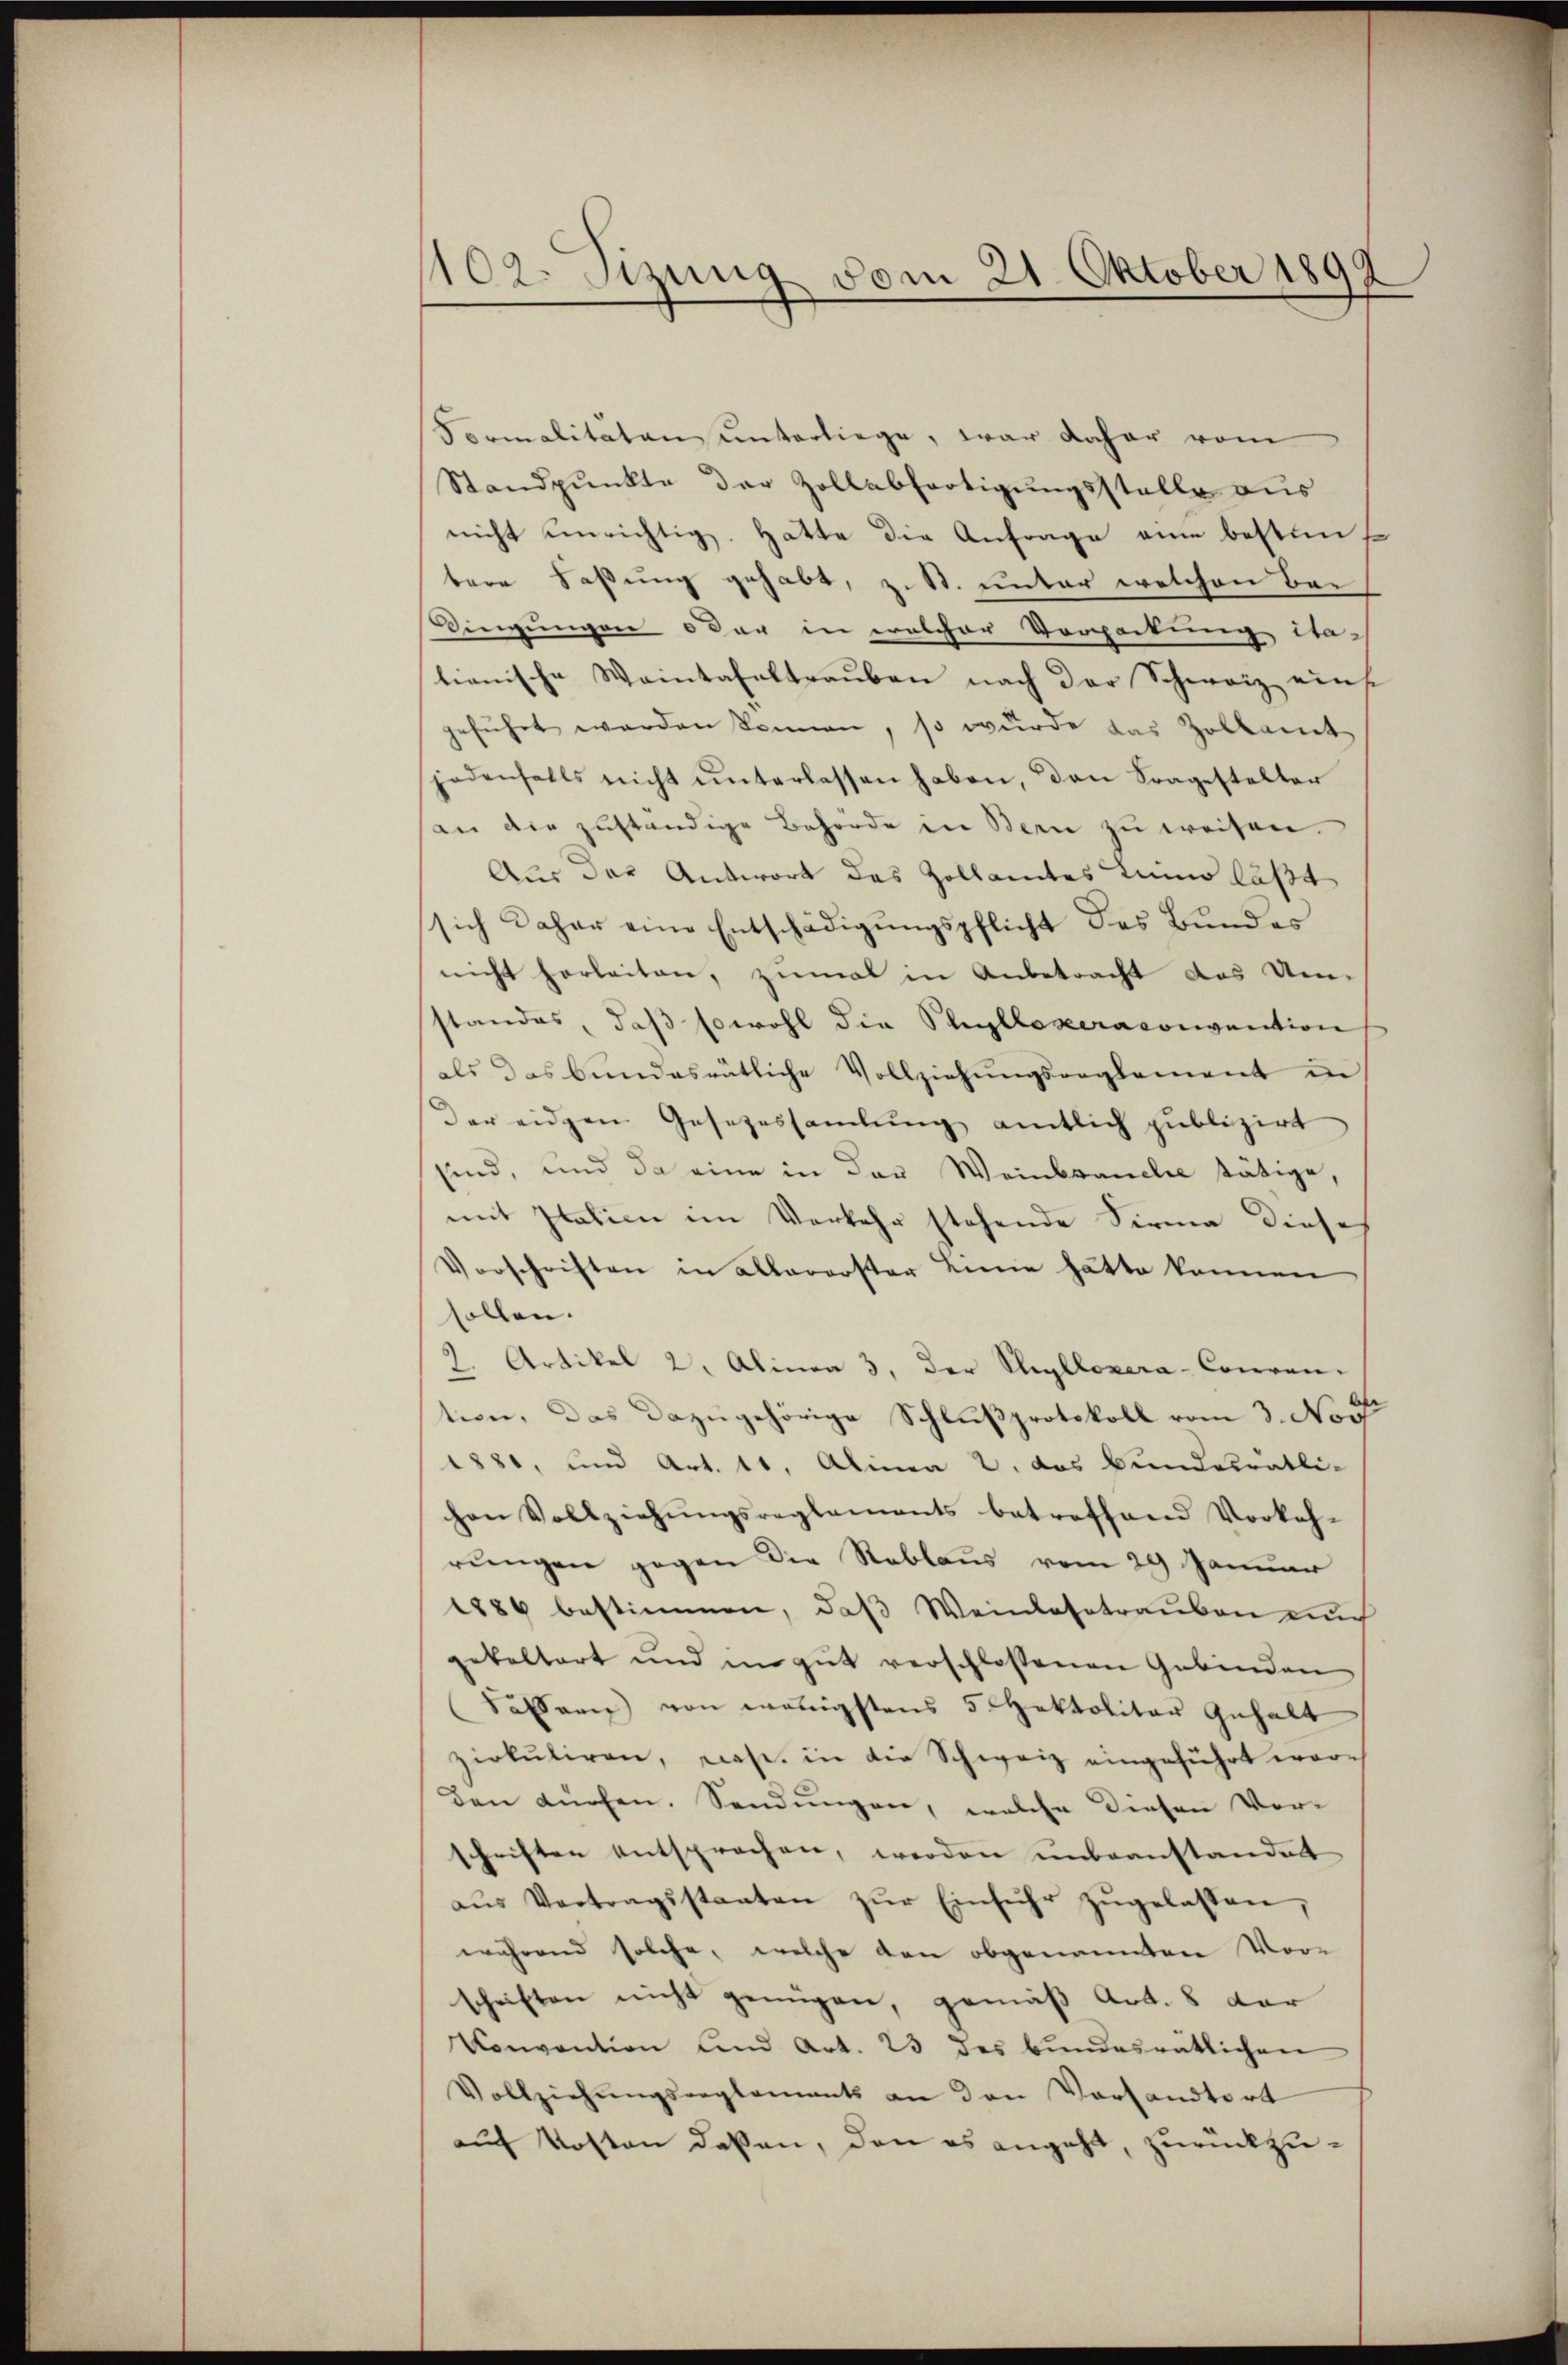
1102. Sizung vom 21. Oktober 1899

Normalitäten unterliege, war daher vom
Standpunkte der Zollabfertigungsstelle aus
nicht unrichtig. Hätte die Anfrage eine bestimte
bere Faßung gehabt, z. St. unter welchen bei
Wingungen oder in welcher Verpackung da-
tianische Waintafeltraŭben nach der Schweiz eins
führt werden können, so wurde das Zolkamt
jedenfalls nicht ŭnterlassen haben, dan Fragestalter
an die zuständige Behörde in Bern zu weisen.
Aus der Antwort das Zollamtes Lanno läßt
sich daher eine Entschädigŭngspflicht des Bundes
nicht herleiten, zumal in Anbetracht das Um-
standes, daβ sowohl die Phyllexeraconvention
als das bundesrätliche Vollziehŭngsreglement in
Der eidgen Gesetzessamlung amtlich publizirt
sind, und da eine in der Weinbrancles tätige,
mit Italien im Verkehr stehende Firma diese
Vorschriften in allarerster Linie hätte können
sollen.
2. Artikel 2. Alina 3. der Steyllozera-Couren-
tion, das dazugehörige Schlußprotokoll vom 3. Nov
1880, und Art. 11, Alinea 2. das Bundesrätli-
chen Vollziehŭngsreglements betreffend Vorkeh-
rungen gegen die Reblaus vom 29 Januar
1886 bestimmen, daß Weinlasstrauben auch
gekaltert und in gut verschlossenen Gebinden
Salaris von wenigstens 5 Hektolitar Gehalt
zirkŭliren, nahe in die Schweiz eingeführt wor-
den dürfen. Sendŭngen, welche diesen Vor-
schriften entsprochen, werden unbeanstandet
aŭs Vortragsstaaten zŭr Einfuhr zŭgelassen,
während solche, welche den obgenannten Vor-
schriften nicht genügen, gemäß Art. 8 der
Convention und Art. 23 des bundesrätlichen
Vollziehŭngsreglements an den Vorsandtort
auf Kosten deßen, den es angeht, zurückzu¬